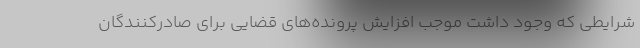
شرایطی که وجود داشت موجب افزایش پرونده‌های قضایی برای صادرکنندگان